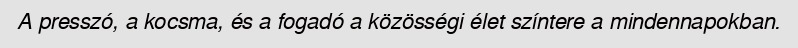
A presszó, a kocsma, és a fogadó a közösségi élet színtere a mindennapokban.